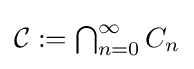
{\textstyle {\mathcal {C}}:=\bigcap _{n=0}^{\infty }C_{n}}